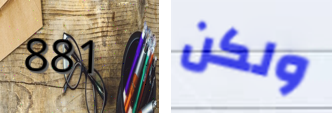
881 ولكن